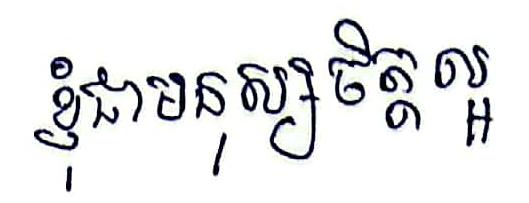
ខ្ញុំជាមនុស្សចិត្តល្អ